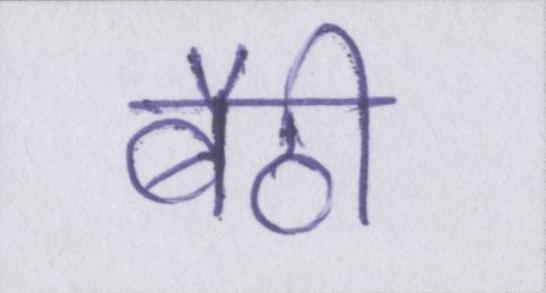
बैठी